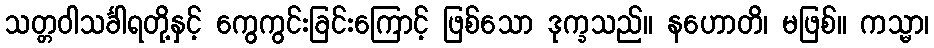
သတ္တဝါသင်္ခါရတို့နှင့် ကွေကွင်းခြင်းကြောင့် ဖြစ်သော ဒုက္ခသည်။ နဟောတိ၊ မဖြစ်။ ကသ္မာ၊